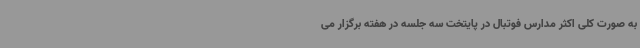
به صورت کلی اکثر مدارس فوتبال در پایتخت سه جلسه در هفته برگزار می